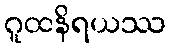
ဂူထနိရယဿ